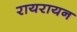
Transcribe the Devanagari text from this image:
रायरायन